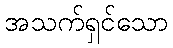
အသက်ရှင်သော